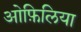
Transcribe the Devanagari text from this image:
ओफ़िलिया